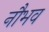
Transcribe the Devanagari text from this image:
नौभव